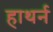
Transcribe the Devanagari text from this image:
हाथर्न